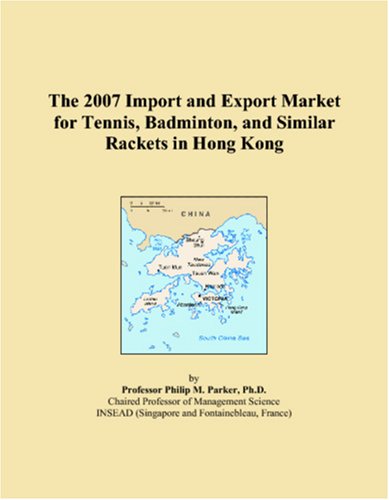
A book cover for The 2007 Import and Export Market for Tennis, Badminton, and Similar Rackets in Hong Kong; Philip M. Parker; Sports & Outdoors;